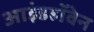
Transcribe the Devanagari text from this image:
आइंडहॉवेन